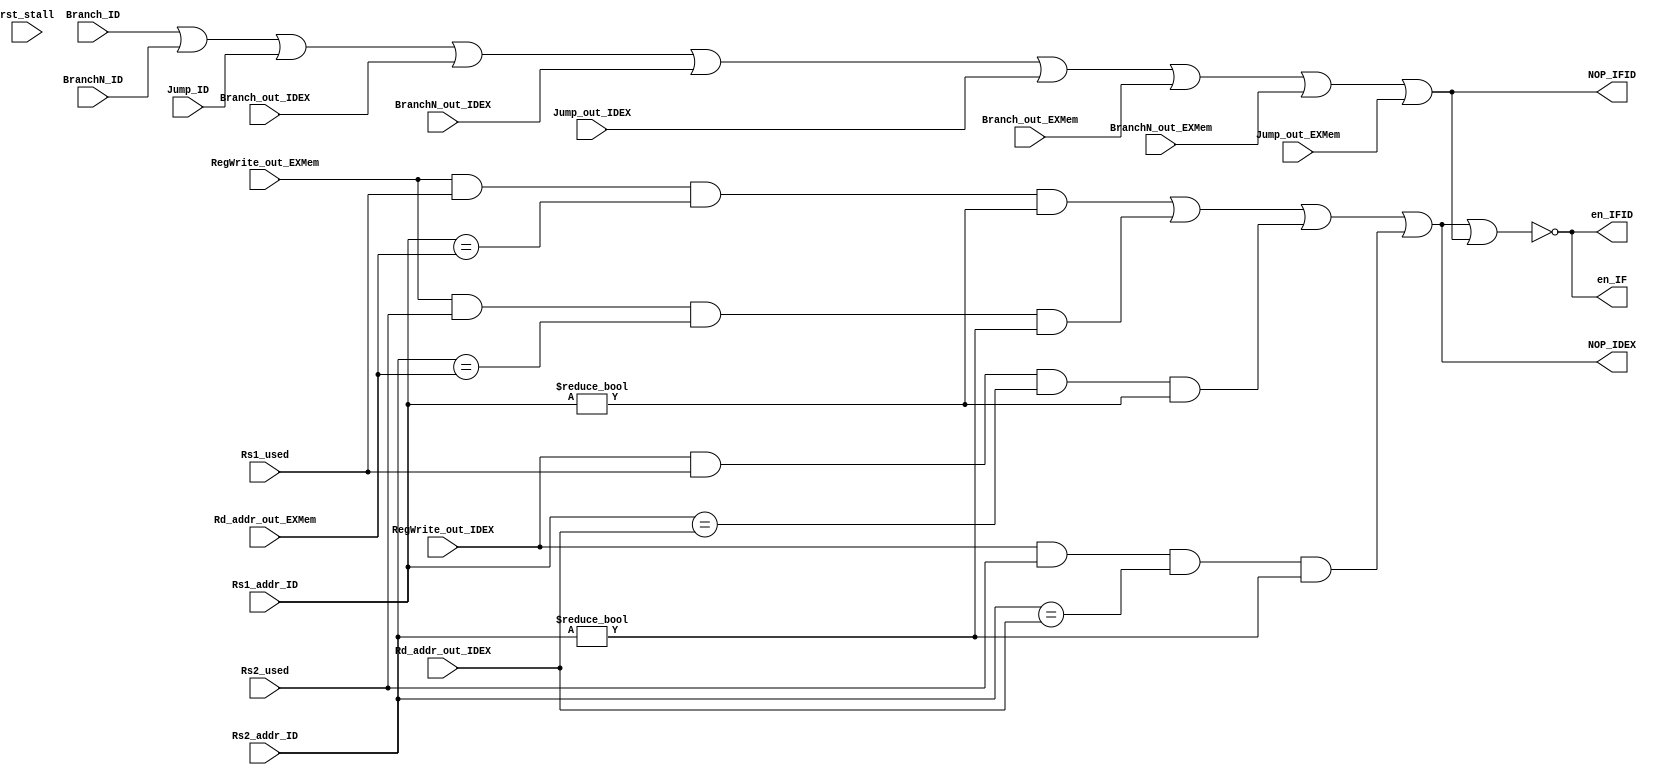
`timescale 1ns / 1ps
//////////////////////////////////////////////////////////////////////////////////
// Company: 
// Engineer: 
// 
// Design Name: 
// Module Name: stall
// Project Name: 
// Target Devices: 
// Tool Versions: 
// Description: 
// 
// Dependencies: 
// 
// Revision:
// Revision 0.01 - File Created
// Additional Comments:
// 
//////////////////////////////////////////////////////////////////////////////////


module stall(
    input rst_stall,
    input [4:0]Rs1_addr_ID,
    input [4:0]Rs2_addr_ID,
    input RegWrite_out_IDEX,
    input [4:0]Rd_addr_out_IDEX,
    input RegWrite_out_EXMem,
    input [4:0]Rd_addr_out_EXMem,
    //last 2 insts
    input Rs1_used,
    input Rs2_used,
    input Branch_ID,
    input BranchN_ID,
    input Jump_ID,
    input Branch_out_IDEX,
    input BranchN_out_IDEX,
    input Jump_out_IDEX,
    input Branch_out_EXMem,
    input BranchN_out_EXMem,
    input Jump_out_EXMem,
    output en_IF,
    output en_IFID,
    output NOP_IDEX,
    output NOP_IFID
    //last_2_inst
    );
    wire data_stall, control_stall;
    
     assign data_stall =
        (RegWrite_out_EXMem && Rs1_used && (Rs1_addr_ID == Rd_addr_out_EXMem) && (Rs1_addr_ID!=0))||
        (RegWrite_out_EXMem && Rs2_used && (Rs2_addr_ID == Rd_addr_out_EXMem) && (Rs2_addr_ID!=0))||
        (RegWrite_out_IDEX && Rs1_used && (Rs1_addr_ID == Rd_addr_out_IDEX) && (Rs1_addr_ID!=0))||
        (RegWrite_out_IDEX && Rs2_used && (Rs2_addr_ID == Rd_addr_out_IDEX) && (Rs2_addr_ID!=0));
      
      assign control_stall =
            Branch_ID || BranchN_ID || Jump_ID ||
            Branch_out_IDEX || BranchN_out_IDEX || Jump_out_IDEX ||
            Branch_out_EXMem || BranchN_out_EXMem || Jump_out_EXMem ;
            
      assign en_IF = !(data_stall || control_stall);
      assign en_IFID = !(data_stall || control_stall);
      assign NOP_IDEX = data_stall;
      assign NOP_IFID = control_stall;
        
endmodule